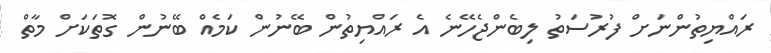
ރައްޔިތުންނަށް ފުރުސަތު ލިބެންޖެހޭނެ އެ ރައްޔިތުން ބޭނުން ކަމެއް ބޭނުން ގޮތަކަށް މާތް